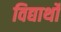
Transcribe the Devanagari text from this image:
विद्यार्थों